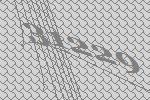
31229